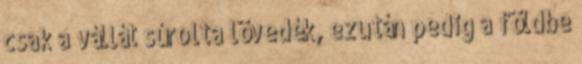
csak a vállát súrolta lövedék, ezután pedig a földbe